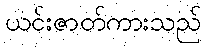
ယင်းဇာတ်ကားသည်